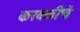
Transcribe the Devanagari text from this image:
करबळीचे